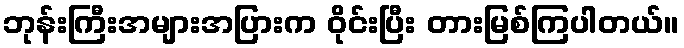
ဘုန်းကြီးအများအပြားက ဝိုင်းပြီး တားမြစ်ကြပါတယ်။